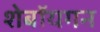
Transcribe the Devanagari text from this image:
शेबॉयगन